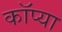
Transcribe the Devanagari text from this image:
कॉप्या